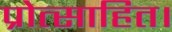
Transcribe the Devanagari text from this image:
प्रोत्साहित।